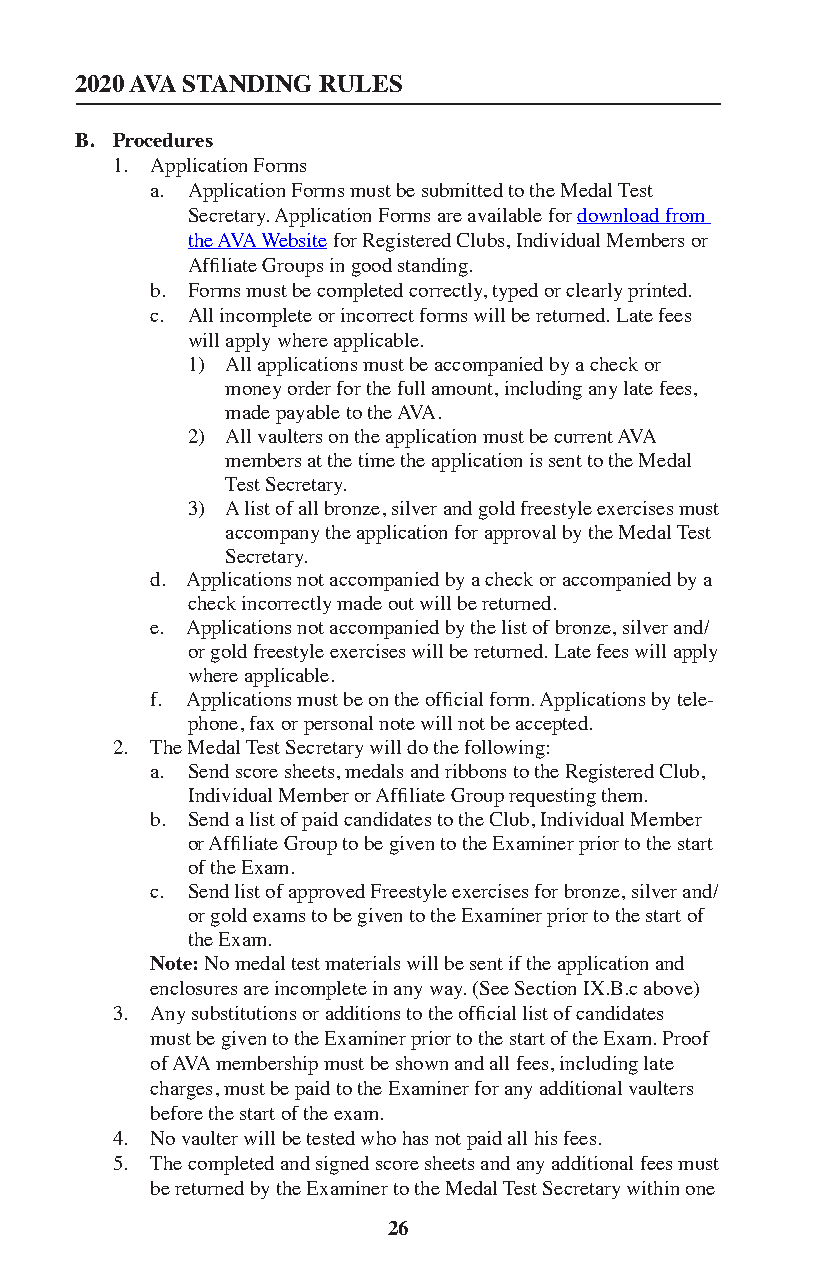
2020 AVA STANDING RULES
 B. Procedures
 1. Application Forms
 a. Application Forms must be submitted to the Medal Test
 Secretary. Application Forms are available for download from
 the AVA Website for Registered Clubs, Individual Members or
 Affiliate Groups in good standing.
 b. Forms must be completed correctly, typed or clearly printed.
 c. All incomplete or incorrect forms will be returned. Late fees
 will apply where applicable.
 1) All applications must be accompanied by a check or
 money order for the full amount, including any late fees,
 made payable to the AVA.
 2) All vaulters on the application must be current AVA
 members at the time the application is sent to the Medal
 Test Secretary.
 3) A list of all bronze, silver and gold freestyle exercises must
 accompany the application for approval by the Medal Test
 Secretary.
 d. Applications not accompanied by a check or accompanied by a
 check incorrectly made out will be returned.
 e. Applications not accompanied by the list of bronze, silver and/
 or gold freestyle exercises will be returned. Late fees will apply
 where applicable.
 f. Applications must be on the official form. Applications by tele-
 phone, fax or personal note will not be accepted.
 2. The Medal Test Secretary will do the following:
 a. Send score sheets, medals and ribbons to the Registered Club,
 Individual Member or Affiliate Group requesting them.
 b. Send a list of paid candidates to the Club, Individual Member
 or Affiliate Group to be given to the Examiner prior to the start
 of the Exam.
 c. Send list of approved Freestyle exercises for bronze, silver and/
 or gold exams to be given to the Examiner prior to the start of
 the Exam.
 Note: No medal test materials will be sent if the application and
 enclosures are incomplete in any way. (See Section IX.B.c above)
 3. Any substitutions or additions to the official list of candidates
 must be given to the Examiner prior to the start of the Exam. Proof
 of AVA membership must be shown and all fees, including late
 charges, must be paid to the Examiner for any additional vaulters
 before the start of the exam.
 4. No vaulter will be tested who has not paid all his fees.
 5. The completed and signed score sheets and any additional fees must
 be returned by the Examiner to the Medal Test Secretary within one
 26